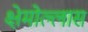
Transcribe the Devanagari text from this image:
क्षेमोल्लास